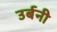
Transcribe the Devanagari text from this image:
उर्बनी